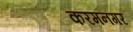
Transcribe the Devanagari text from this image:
करमनगर